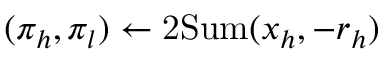
( \pi _ { h } , \pi _ { l } ) \gets \mathrm { 2 S u m } ( x _ { h } , - r _ { h } )